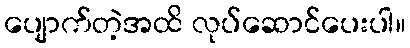
ပျောက်တဲ့အထိ လုပ်ဆောင်ပေးပါ။